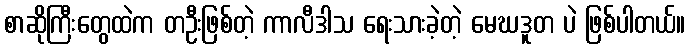
စာဆိုကြီးတွေထဲက တဦးဖြစ်တဲ့ ကာလီဒါသ ရေးသားခဲ့တဲ့ မေဃဒူတ ပဲ ဖြစ်ပါတယ်။